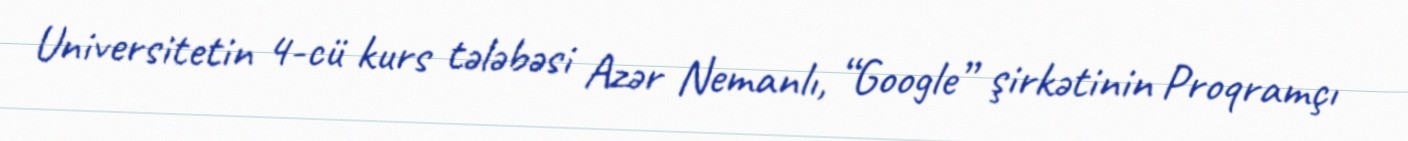
Universitetin 4-cü kurs tələbəsi Azər Nemanlı, “Google” şirkətinin Proqramçı